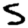
Digit: 5